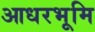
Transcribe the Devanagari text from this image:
आधरभूमि